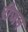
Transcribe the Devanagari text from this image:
रीजम